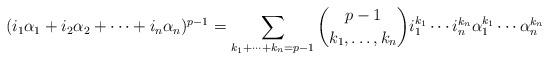
LaTeX: \begin{align*}(i_1\alpha_1 + i_2 \alpha_2 + \cdots + i_n \alpha_n)^{p-1}= \sum_{k_1+\cdots +k_n=p-1} \binom{p-1}{k_1,\ldots,k_n} i_1^{k_1}\cdots i_n^{k_n} \alpha_1^{k_1}\cdots \alpha_n^{k_n}\end{align*}